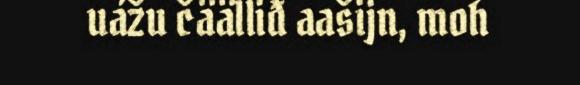
uážu čäälliđ aašijn, moh